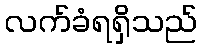
လက်ခံရရှိသည်